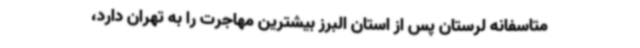
متاسفانه لرستان پس از استان البرز بیشترین مهاجرت را به تهران دارد،